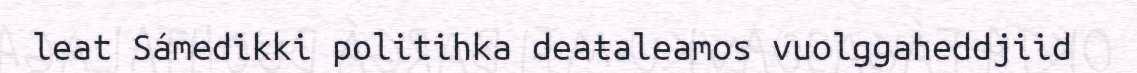
leat Sámedikki politihka deaŧaleamos vuolggaheddjiid